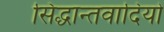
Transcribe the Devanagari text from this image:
सिद्धान्तवादियो